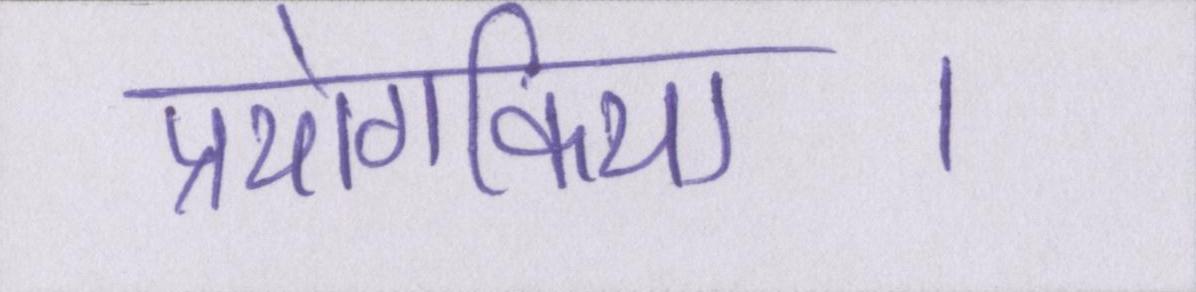
प्रयोगकिया।